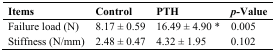
<table><thead><tr><td><b>Items</b></td><td><b>Control</b></td><td><b>PTH</b></td><td><b><i>p-</i>Value</b></td></tr></thead><tbody><tr><td>Failure load (N)</td><td>8.17 ± 0.59</td><td>16.49 ± 4.90 *</td><td>0.005</td></tr><tr><td>Stiffness (N/mm)</td><td>2.48 ± 0.47</td><td>4.32 ± 1.95</td><td>0.102</td></tr></tbody></table>